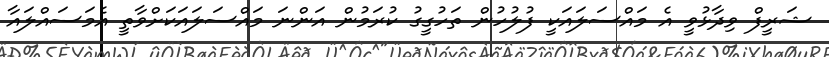
ޝަރީފް ވިދާޅުވީ އެ މައްސަލައަކީ ފުލުހުން ތަހުގީގު ކުރަމުން އަންނަ މައްސަލައަކަށްވާތީ އެމަސައްލައާ